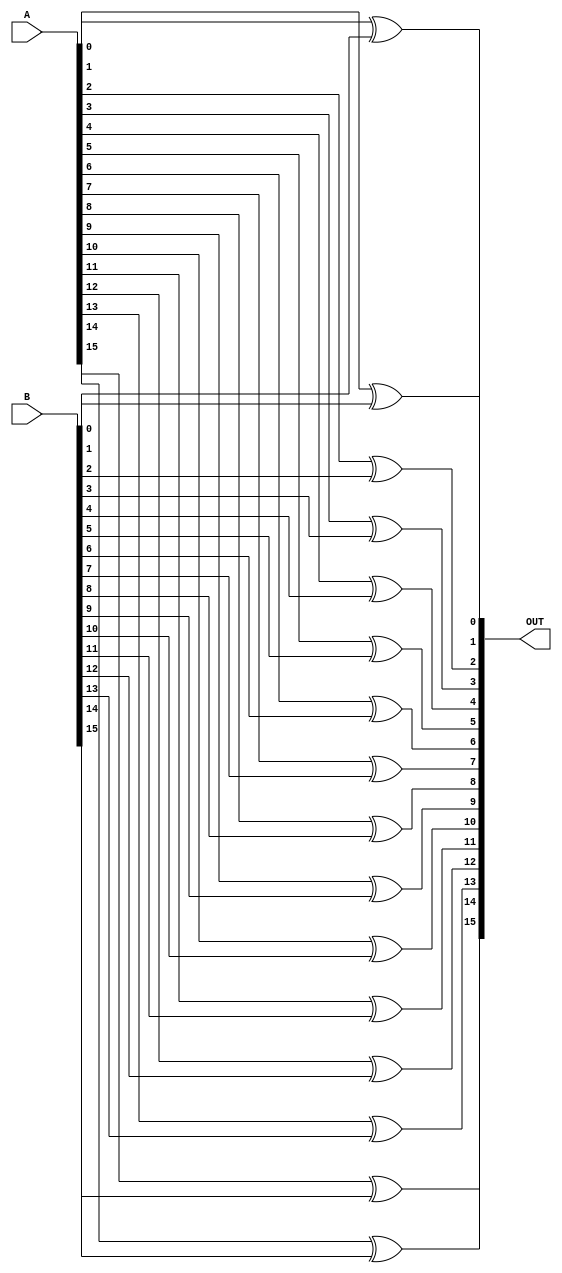
`timescale 1ns / 1ps
//////////////////////////////////////////////////////////////////////////////////
// Company: 
// Engineer: 
// 
// Design Name: 
// Module Name: POS_XOR
// Project Name: 
// Target Devices: 
// Tool Versions: 
// Description: 
// 
// Dependencies: 
// 
// Revision:
// Revision 0.01 - File Created
// Additional Comments:
// 
//////////////////////////////////////////////////////////////////////////////////


module POS_XOR(
output wire[15:0]OUT,
input wire[15:0]A,
input wire[15:0]B
    );
xor xor0(OUT[0],A[0],B[0]);    
xor xor1(OUT[1],A[1],B[1]);  
xor xor2(OUT[2],A[2],B[2]);  
xor xor3(OUT[3],A[3],B[3]);  
xor xor4(OUT[4],A[4],B[4]);    
xor xor5(OUT[5],A[5],B[5]);  
xor xor6(OUT[6],A[6],B[6]);  
xor xor7(OUT[7],A[7],B[7]); 
xor xor8(OUT[8],A[8],B[8]);    
xor xor9(OUT[9],A[9],B[9]);  
xor xor10(OUT[10],A[10],B[10]);  
xor xor11(OUT[11],A[11],B[11]); 
xor xor12(OUT[12],A[12],B[12]);    
xor xor13(OUT[13],A[13],B[13]);  
xor xor14(OUT[14],A[14],B[14]);  
xor xor15(OUT[15],A[15],B[15]); 

endmodule